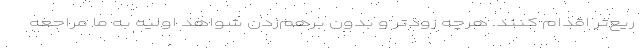
ریع‌تر اقدام کنند. هرچه زودتر و بدون برهم‌زدن شواهد اولیه به ما مراجعه